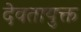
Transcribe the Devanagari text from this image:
देवतायुक्त